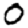
Digit: 0